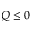
Q \le 0